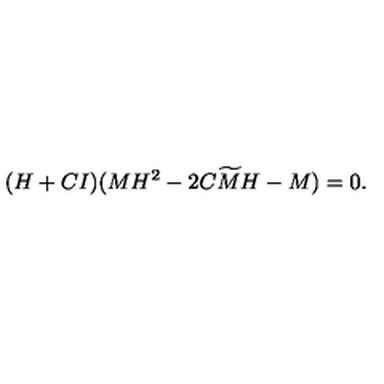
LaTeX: ( H + C I ) ( M H ^ { 2 } - 2 C { \widetilde M } H - M ) = 0 .